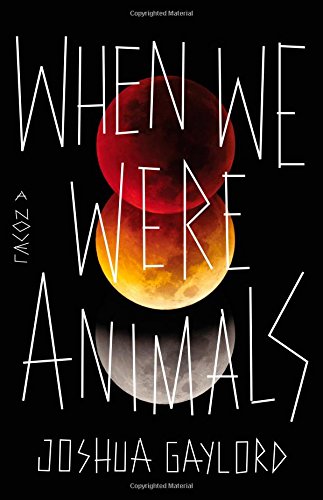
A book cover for When We Were Animals; Joshua Gaylord; Literature & Fiction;